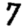
Digit: 7